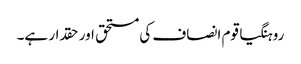
روہنگیا قوم انصاف کی مستحق اور حقدار ہے۔